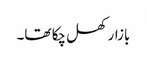
بازار کھل چکا تھا۔